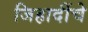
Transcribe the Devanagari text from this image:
जिहादींचे